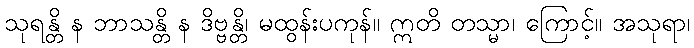
သုရန္တိ န ဘာသန္တိ န ဒိဗ္ဗန္တိ၊ မထွန်းပကုန်။ ဣတိ တသ္မာ၊ ကြောင့်။ အသုရာ၊